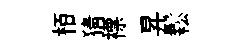
栢猜褾昇鬆